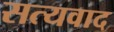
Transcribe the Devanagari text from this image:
सत्यवाद